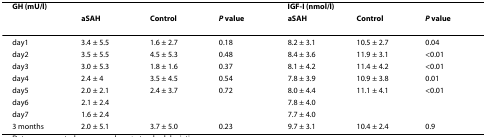
<table><thead><tr><td colspan="4"><b>GH (mU/l)</b></td><td colspan="3"><b>IGF-I (nmol/l)</b></td></tr><tr><td></td><td><b>aSAH</b></td><td><b>Control</b></td><td><b><i>P </i>value</b></td><td><b>aSAH</b></td><td><b>Control</b></td><td><b><i>P </i>value</b></td></tr></thead><tbody><tr><td>day1</td><td>3.4 ± 5.5</td><td>1.6 ± 2.7</td><td>0.18</td><td>8.2 ± 3.1</td><td>10.5 ± 2.7</td><td>0.04</td></tr><tr><td>day2</td><td>3.5 ± 5.5</td><td>4.5 ± 5.3</td><td>0.48</td><td>8.4 ± 3.6</td><td>11.9 ± 3.1</td><td>&lt;0.01</td></tr><tr><td>day3</td><td>3.0 ± 5.3</td><td>1.8 ± 1.6</td><td>0.37</td><td>8.1 ± 4.2</td><td>11.4 ± 4.2</td><td>&lt;0.01</td></tr><tr><td>day4</td><td>2.4 ± 4</td><td>3.5 ± 4.5</td><td>0.54</td><td>7.8 ± 3.9</td><td>10.9 ± 3.8</td><td>0.01</td></tr><tr><td>day5</td><td>2.0 ± 2.1</td><td>2.4 ± 3.7</td><td>0.72</td><td>8.0 ± 4.4</td><td>11.1 ± 4.1</td><td>&lt;0.01</td></tr><tr><td>day6</td><td>2.1 ± 2.4</td><td></td><td></td><td>7.8 ± 4.0</td><td></td><td></td></tr><tr><td>day7</td><td>1.6 ± 2.4</td><td></td><td></td><td>7.7 ± 4.0</td><td></td><td></td></tr><tr><td>3 months</td><td>2.0 ± 5.1</td><td>3.7 ± 5.0</td><td>0.23</td><td>9.7 ± 3.1</td><td>10.4 ± 2.4</td><td>0.9</td></tr></tbody></table>